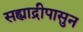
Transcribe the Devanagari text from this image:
सह्याद्रीपासुन